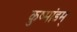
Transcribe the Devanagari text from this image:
कुष्मांडम्